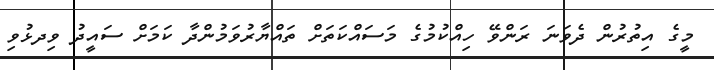
މީގެ އިތުރުން ދެވަނަ ރަންވޭ ހިއްކުމުގެ މަސައްކަތަށް ތައްޔާރުވަމުންދާ ކަަމަށް ސައީދު ވިދޅުވި